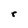
Character: r